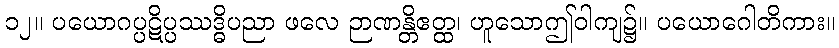
၁၂။ ပယောဂပ္ပဋိပ္ပဿဒ္ဓိပညာ ဖလေ ဉာဏန္တိဧတ္ထ၊ ဟူသောဤဝါကျ၌။ ပယောဂေါတိကား။